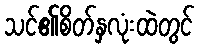
သင်၏စိတ်နှလုံးထဲတွင်